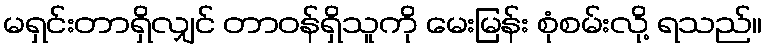
မရှင်းတာရှိလျှင် တာဝန်ရှိသူကို မေးမြန်း စုံစမ်းလို့ ရသည်။